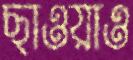
ছাওয়াও